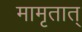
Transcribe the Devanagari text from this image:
मामृतात्‌